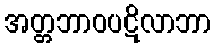
အတ္တဘာဝပဋိလာဘာ